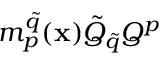
m _ { p } ^ { \tilde { q } } ( { \bf x } ) \tilde { Q } _ { \tilde { q } } Q ^ { p }